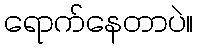
ရောက်နေတာပဲ။